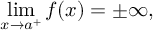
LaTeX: \operatorname* { l i m } _ { x \to a ^ { + } } f ( x ) = \pm \infty ,